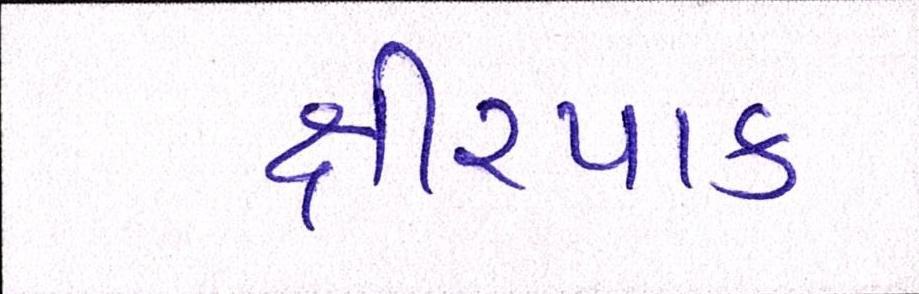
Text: ક્ષીરપાક